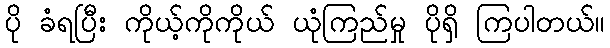
ပို ခံရပြီး ကိုယ့်ကိုကိုယ် ယုံကြည်မှု ပိုရှိ ကြပါတယ်။